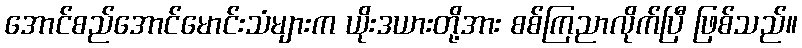
အောင်စည်အောင်မောင်းသံများက ယိုးဒယားတို့အား စစ်ကြညာလိုက်ပြီ ဖြစ်သည်။